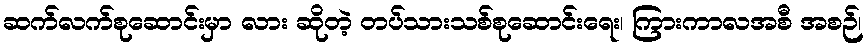
ဆက်လက်စုဆောင်းမှာ လား ဆိုတဲ့ တပ်သားသစ်စုဆောင်းရေး၊ ကြားကာလအစီ အစဉ်၊